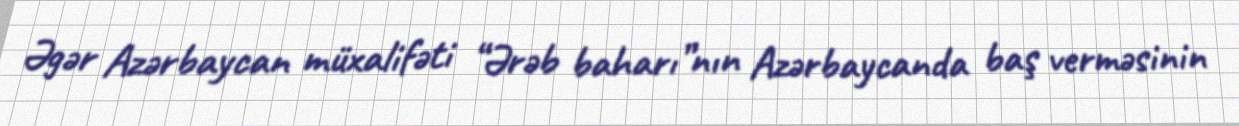
Əgər Azərbaycan müxalifəti “Ərəb baharı”nın Azərbaycanda baş verməsinin